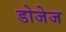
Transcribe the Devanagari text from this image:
डोजेज